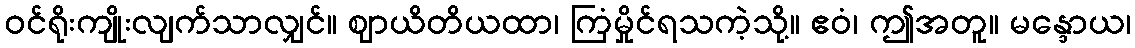
ဝင်ရိုးကျိုးလျက်သာလျှင်။ ဈာယိတိယထာ၊ ကြံမှိုင်ရသကဲ့သို့။ ဧဝံ၊ ဤအတူ။ မန္ဒောယ၊